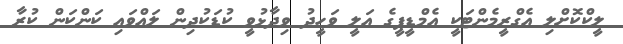
ލީކްކޮށްލި އެގްރީމެންޓަކީ އެމްޑީޕީގެ އަލީ ވަހީދު ވިދާޅުވީ ކުޑަކުދިން ލައްވައި ކަންކަން ކުރާ